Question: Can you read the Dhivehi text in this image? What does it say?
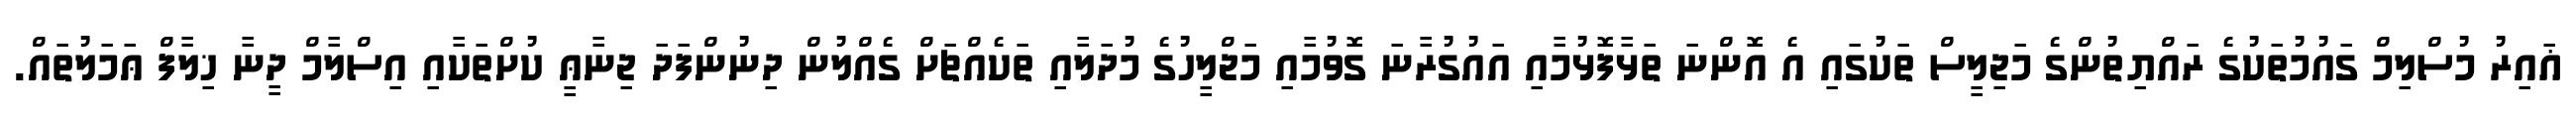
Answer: ޣައިރު މުސްލިމް ގައުމުތަކުގެ ރައްޔިތުންގެ މަޖިލީސް ތަކުގައި އެ އޮންނަ ތަޅާފޮޅުމާއި އައުގުރާނަ ގޮވުމާއި މަޖްލީހުގެ މުދަލާއި ތަކެއްޗަށް ގެއްލުން ދިނުންފަދަ ޖިނާޢީ ކުށްތަކާއި އިސްލާމް ދީނާ ޚިލާފް ޢަމަލުތައް.